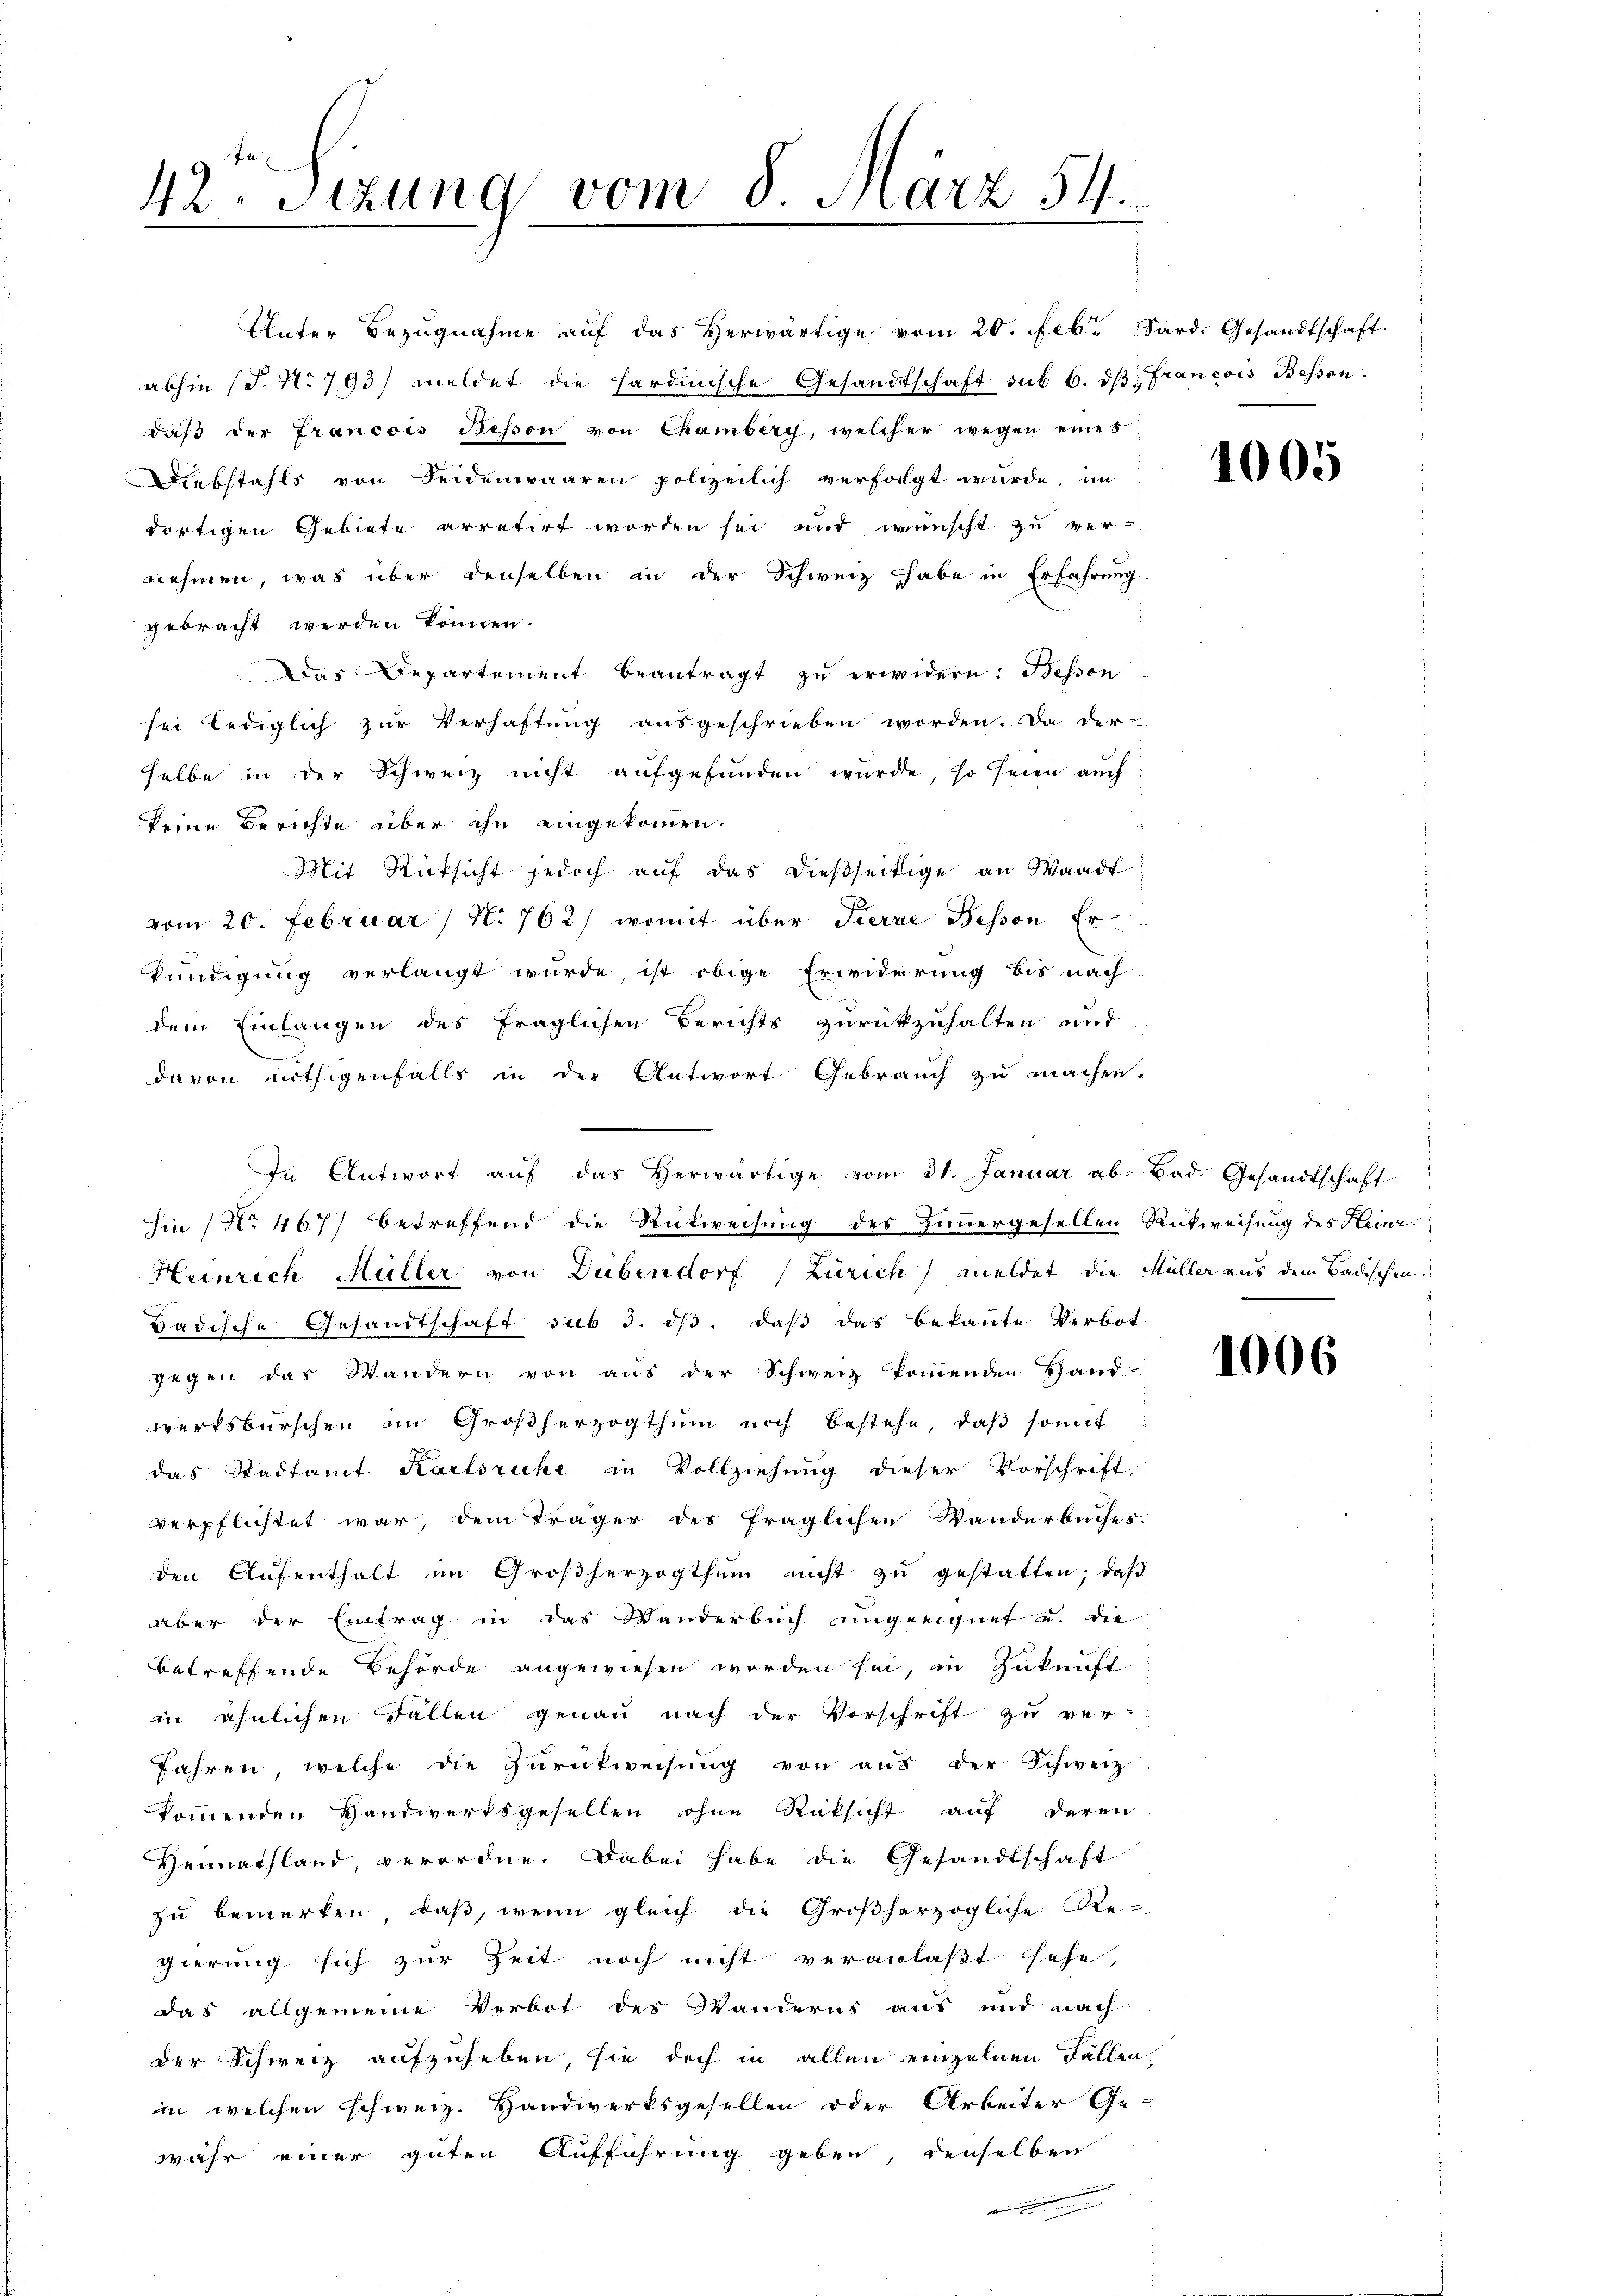
42 Sezung vom 8. März 54.

Unter Bezugnahme auf das Herwärtige vom 20. Febr. Sard. Gesandtschaft
abhin (T. N. 793) meldet die hardinische Gesandtschaft sub 6. dβ Francois Beson
daβ der Francois Besson von Chamberg, welcher wegen eines
Diebstahls von Seidenwaaren polizeilich verfolgt wurde, im
dortigen Gebiete arretirt worden sei und wünscht zu ver-
nehmen, was über denselben in der Schweiz habe in Erfahrung
gebracht werden können.
Das Departement beantragt zu erwidern: Bessen
sei lediglich zur Verhaftung ausgeschrieben worden. Da der-
selbe in der Schweiz nicht aufgefunden wurde, so seien auch
keine Berichte über ihn eingekommen.
Mit Rücksicht jedoch auf das dießseitige an Waadt
vom 20. Februar / No 762) womit über Fierze Bessen Erkündigung verlangt wurde, ist obige Erwiderung bis nach
dem Einlangen des fraglichen Berichts zurückzuhalten und
davon nöthigenfalls in der Antwort Gebrauch zu machen.
Jn Antwort aŭf das Verwärtige vom 31. Januar ab. Bad. Gesandtschaft
Sin (No 467) betreffend die Rückweisung des Zimmergesellen Rückweisung des Heinr
Heinrich Hüller von Dübendorf (Zürich) meldet die Müller aus dem Badischen
Badische Gesandtschaft sub 3. dβ. daβ das bekannte Verbot.
gegen das Wandern von aus der Schweiz kommenden Hand-
werksburschen im Großherzogthum noch bestehe, daβ somit
das Stadtamt Karlsruhe in Vollziehung dieser Vorschrift
verpflichtet war, dem Träger des fraglichen Wanderbuches:
den Aufenthalt im Großherzogthum nicht zu gestatten; daß
aber der Eintrag in das Wanderbuch ungeeignet u. die
betreffende Behörde angewiesen worden sei, in Zukunft
in ähnlichen Fällen genau nach der Vorschrift zu ver-
Jahren, welche die Zurückweisung von aus der Schweiz
kommenden Handwerksgesellen ohne Rücksicht auf deren
Vennathland, verordne. Dabei habe die Gesandtschaft
zu bemerken, daß, wenn gleich die Großherzogliche Re-
gierung sich zur Zeit noch nicht veranlaßt sehe,
das allgemeine Verbot des Wanderns aus und nach
der Schweiz aufzuheben, sie doch in allen einzelnen Fallen
in welchen schweiz. Handwerksgesellen oder Arbeiter Ge-
wahr einer guten Aufführung geben, denselben

1005

1006